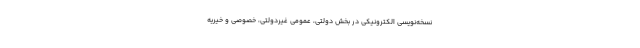
نسخه‌نویسی الکترونیکی در بخش دولتی، عمومی غیردولتی، خصوصی و خیریه